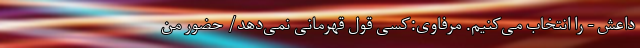
داعش - را انتخاب می‌کنیم. مرفاوی:کسی قول قهرمانی نمی‌دهد/ حضور من